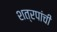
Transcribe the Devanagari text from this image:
शत्रपांची